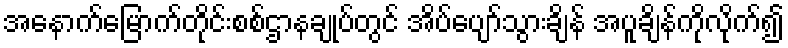
အနောက်မြောက်တိုင်းစစ်ဌာနချုပ်တွင် အိပ်ပျော်သွားချိန် အပူချိန်ကိုလိုက်၍